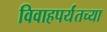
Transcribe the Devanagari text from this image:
विवाहपर्यंतच्या